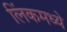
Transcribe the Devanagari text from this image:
लिंकमध्ये